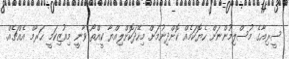
ސީރިއާގެ މުސްލިމުންނަށް ހެޔޮކަމެއް ކޮށްދިނުމަށް މިހޭދަކޮށްލިއްޔާ ކީއްތޯ ވާނީ މިއުޒިކަމީ ޙަރާމް އެއްޗެއް.